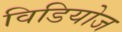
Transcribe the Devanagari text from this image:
विडियोज